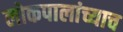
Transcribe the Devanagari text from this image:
लोकपालांच्याच